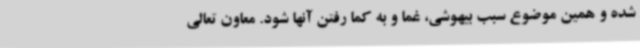
شده و همین موضوع سبب بیهوشی، غما و به کما رفتن آنها شود. معاون تعالی